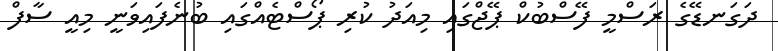
ދަގަނޑޭގެ ރަސްމީ ފޭސްބުކް ޕޭޖްގައި މިއަދު ކުރި ޕޯސްޓެއްގައި ބުނެފައިވަނީ މިއީ ސާފް